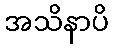
အသိနာပိ